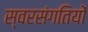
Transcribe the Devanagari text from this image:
स्वरसंगतियों